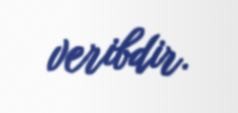
veribdir.